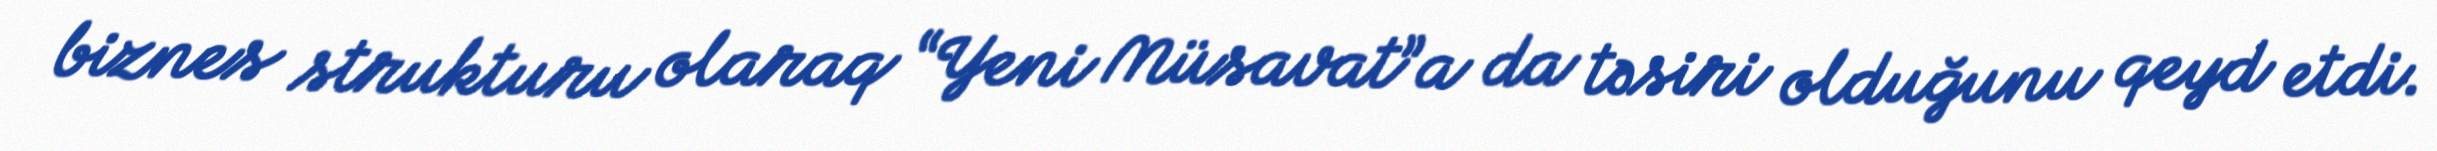
biznes strukturu olaraq “Yeni Müsavat”a da təsiri olduğunu qeyd etdi.